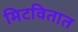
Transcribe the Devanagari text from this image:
मिटवितात